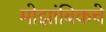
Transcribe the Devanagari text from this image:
मोझांबिकचे